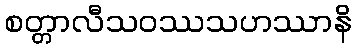
စတ္တာလီသဝဿသဟဿာနိ